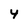
Character: 4